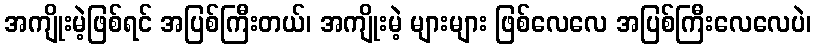
အကျိုးမဲ့ဖြစ်ရင် အပြစ်ကြီးတယ်၊ အကျိုးမဲ့ များများ ဖြစ်လေလေ အပြစ်ကြီးလေလေပဲ၊